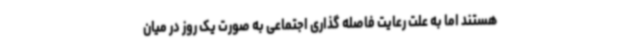
هستند اما به علت رعایت فاصله گذاری اجتماعی به صورت یک روز در میان